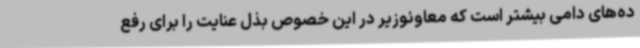
ده‌های دامی بیشتر است که معاونوزیر در این خصوص بذل عنایت را برای رفع